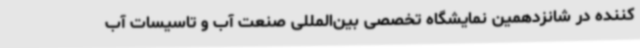
‌کننده در شانزدهمین نمایشگاه تخصصی بین‌المللی صنعت آب و تاسیسات آب